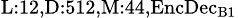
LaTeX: _{\textrm{L}:12,\textrm{D}:512,\textrm{M}:44,\textrm{EncDec}_{\textrm{B}1}}